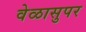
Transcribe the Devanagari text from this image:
वेळासुपर